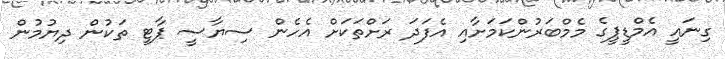
ގިނައީ އެމްޑީޕީގެ މެމްބަރުންކަމަށާއި އެފަދަ ރަށްތަކަށް އެހެން ސިޔާސީ ޕާޓީ ތަކުން ދިޔުމުން